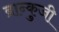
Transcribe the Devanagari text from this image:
ब्रान्कुजी़